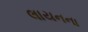
લાયનના